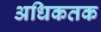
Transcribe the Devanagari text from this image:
अधिकतक